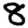
Digit: 8